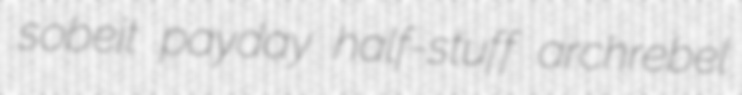
sobeit payday half-stuff archrebel